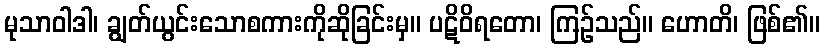
မုသာဝါဒါ၊ ချွတ်ယွင်းသောစကားကိုဆိုခြင်းမှ။ ပဋိဝိရတော၊ ကြဉ်သည်။ ဟောတိ၊ ဖြစ်၏။